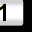
Digit: 1